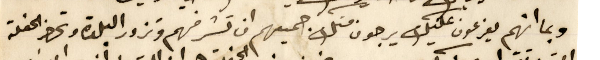
وبما انهم يفرعون عليك يرجون منك جميعهم ان تشرفهم وتزور البلدة وتحضر الحفلة